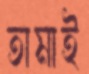
তামাই